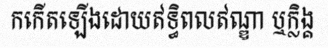
កកើតឡើងដោយឥទ្ធិពលឥណ្ឌា ឬក្លិង្គ